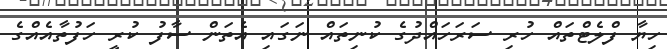
ހިޔާ ފްލެޓްތައް ހުރި ސަރަހައްދުގެ ކުނިތައް ނަގައި އެތަން ސާފު ކުރީ ހަފުތާއެއްގެ